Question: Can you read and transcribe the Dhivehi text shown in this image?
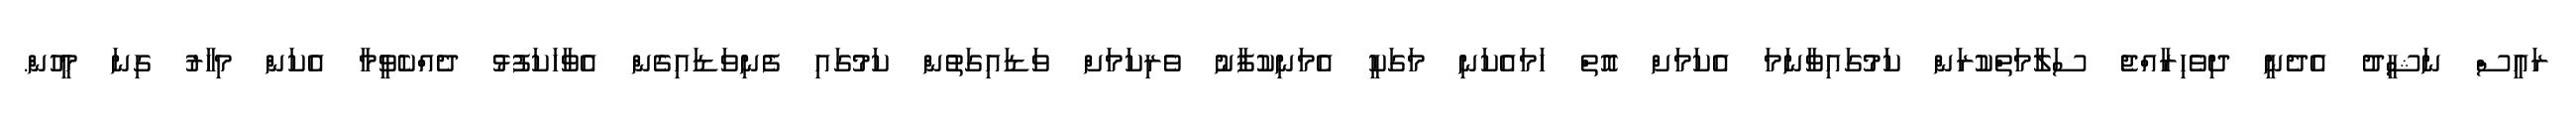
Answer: ރައީސް ނަޝީދު އެދެނީ ދިވެހިރާއްޖެ ސަލާމަތްކުރަން ކަމުގައިވާނަމަ އެކަމަށް އޮތް ހަމައެކަނި މަގަކީ އެމަނިކުފާނު ވެރިކަމަށް ވަޑައިގަތުން ކަމުގައި ފެނިވަޑައިގެން އެވާހަކަފުޅު ދެއްކެވީމާ އެކަން މިހާރު ގިނަ މީހުން.